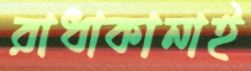
রাধাকানাই